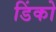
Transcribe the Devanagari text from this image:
डिंको